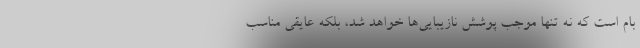
بام است که نه تنها موجب پوشش نازیبایی‌ها خواهد شد، بلکه عایقی مناسب